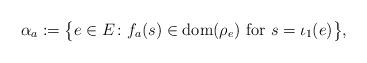
LaTeX: \begin{align*}\alpha_a := \bigl\{e \in E \colon f_a(s) \in \mathrm{dom}(\rho_e) \mbox{ for } s = \iota_1(e)\bigr\},\end{align*}